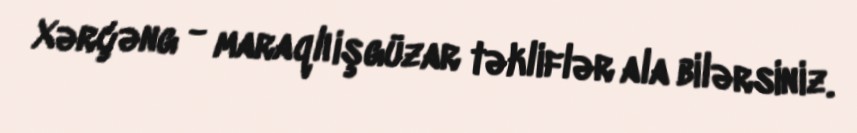
Xərçəng - maraqlı işgüzar təkliflər ala bilərsiniz.